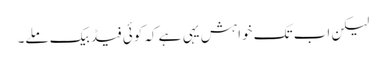
لیکن اب تک خواہش یہی ہے کہ کوئی فیڈ بیک ملے۔